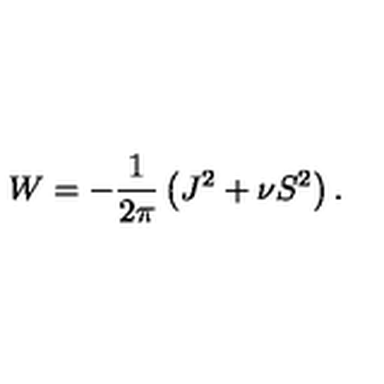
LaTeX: W = - \frac { 1 } { 2 \pi } \left( J ^ { 2 } + \nu S ^ { 2 } \right) .